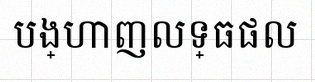
បង្ហាញលទ្ធផល